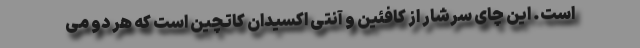
است. این چای سرشار از کافئین و آنتی اکسیدان کاتچین است که هر دو می